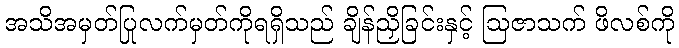
အသိအမှတ်ပြုလက်မှတ်ကိုရရှိသည် ချိန်ညှိခြင်းနှင့် ဩဇာသက် ဖိလစ်ကို